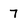
Character: 7